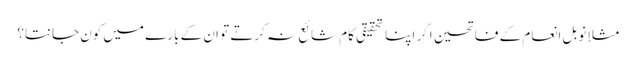
مثلاً نوبل انعام کے فاتحین اگر اپنا تحقیقی کام شائع نہ کرتے تو ان کے بارے میں کون جانتا؟